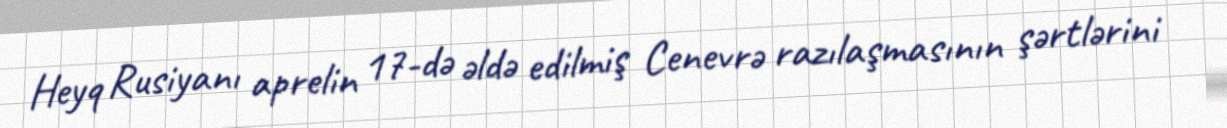
Heyq Rusiyanı aprelin 17-də əldə edilmiş Cenevrə razılaşmasının şərtlərini